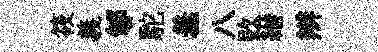
筱義郇駝羞八敗縉辫